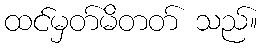
ထင်မှတ်မိတတ် သည်။